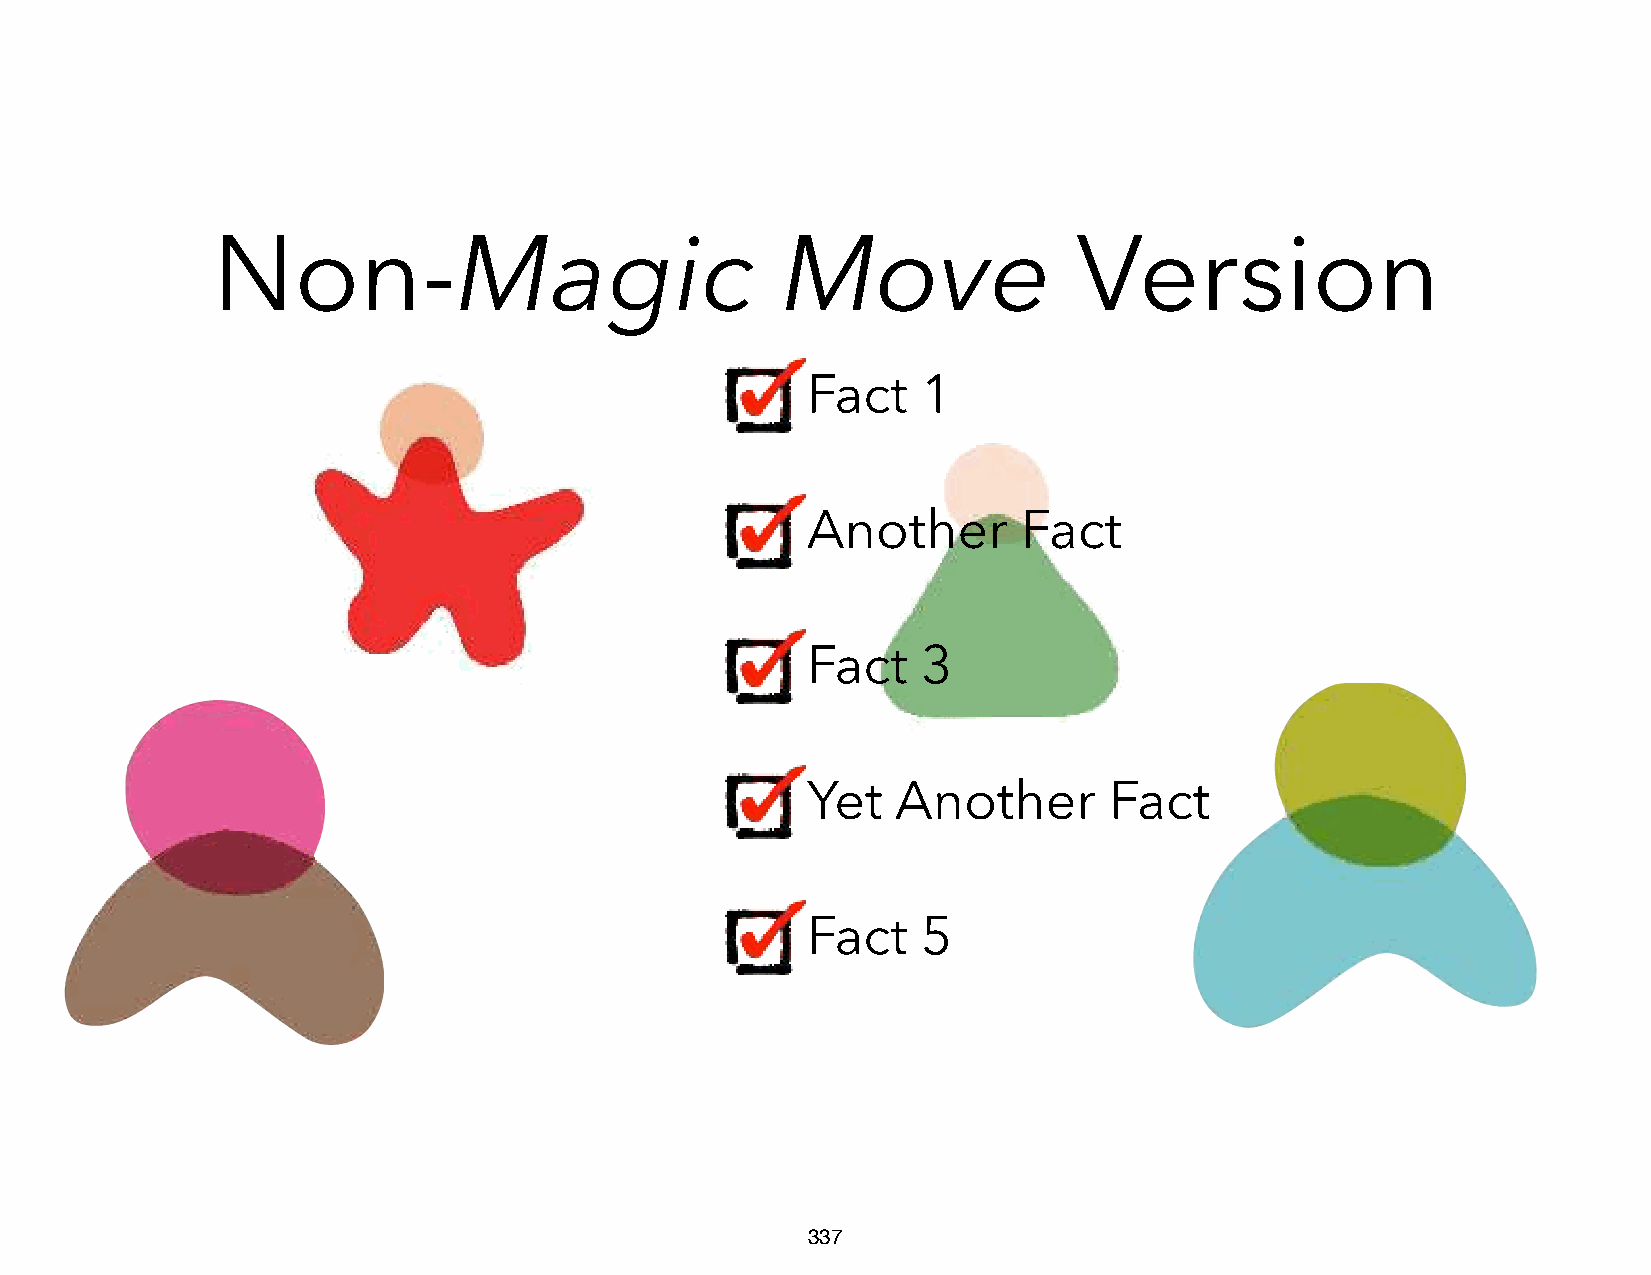
Non-Magic                             Move               Version
 Fact    1
 Another        Fact
 Fact    3
 Yet   Another       Fact
 Fact    5
 337